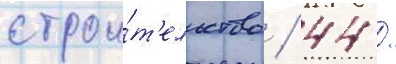
строи́т'ельство / 44 /